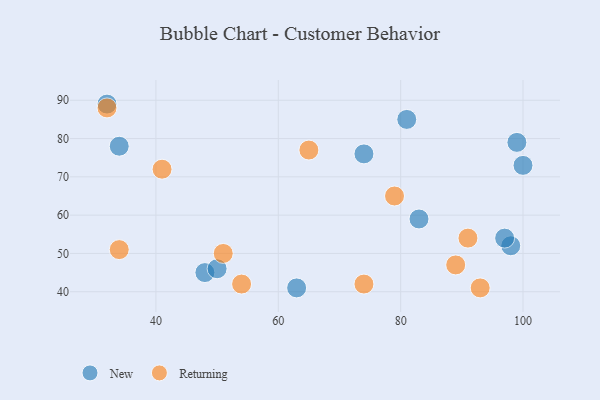
{"axis": {"x": "GDP", "y": "Life Expectancy"}, "legend": ["New", "Returning"], "data": [{"x": "83", "y": 59, "type": "New"}, {"x": "98", "y": 52, "type": "New"}, {"x": "63", "y": 41, "type": "New"}, {"x": "32", "y": 89, "type": "New"}, {"x": "48", "y": 45, "type": "New"}, {"x": "81", "y": 85, "type": "New"}, {"x": "34", "y": 78, "type": "New"}, {"x": "50", "y": 46, "type": "New"}, {"x": "74", "y": 76, "type": "New"}, {"x": "97", "y": 54, "type": "New"}, {"x": "100", "y": 73, "type": "New"}, {"x": "99", "y": 79, "type": "New"}, {"x": "93", "y": 41, "type": "Returning"}, {"x": "74", "y": 42, "type": "Returning"}, {"x": "65", "y": 77, "type": "Returning"}, {"x": "79", "y": 65, "type": "Returning"}, {"x": "91", "y": 54, "type": "Returning"}, {"x": "51", "y": 50, "type": "Returning"}, {"x": "54", "y": 42, "type": "Returning"}, {"x": "34", "y": 51, "type": "Returning"}, {"x": "41", "y": 72, "type": "Returning"}, {"x": "89", "y": 47, "type": "Returning"}, {"x": "32", "y": 88, "type": "Returning"}]}